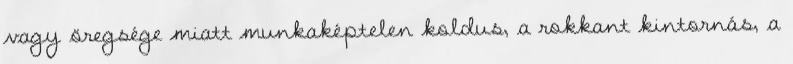
vagy öregsége miatt munkaképtelen koldus, a rokkant kintornás, a